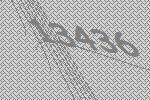
13436